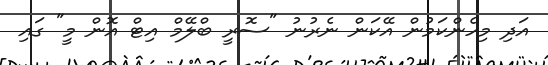
އަދި މިހެންކަމުން އޭކަން ނެރުނު "ސޮރީ ބްލޭމް އިޓް އޮން މީ" ގައި